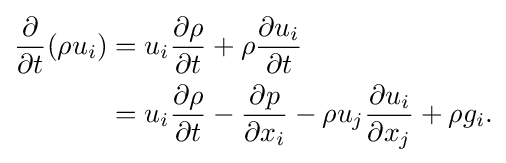
{\begin{aligned}{\frac {\partial }{\partial t}}(\rho u_{i})&=u_{i}{\frac {\partial \rho }{\partial t}}+\rho {\frac {\partial u_{i}}{\partial t}}\\&=u_{i}{\frac {\partial \rho }{\partial t}}-{\frac {\partial p}{\partial x_{i}}}-\rho u_{j}{\frac {\partial u_{i}}{\partial x_{j}}}+\rho g_{i}.\end{aligned}}